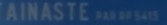
"AINASTE